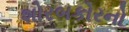
શોરબકોરનો